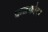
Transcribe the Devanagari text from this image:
कळकोटा